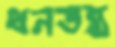
ধনতন্ত্র